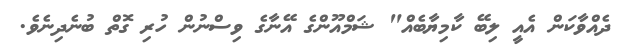
ދެއްވާކަން އެއީ ލިބޭ ކާމިޔާބެއް" ޝަމްއޫންގެ އޭނާގެ ވިސްނުން ހުރި ގޮތް ބުނެދިނެވެ.